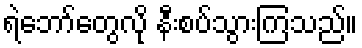
ရဲဘော်တွေလို နီးစပ်သွားကြသည်။